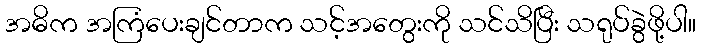
အဓိက အကြံပေးချင်တာက သင့်အတွေးကို သင်သိပြီး သရုပ်ခွဲဖို့ပါ။